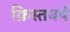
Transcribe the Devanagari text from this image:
क्रिस्तवर्ष